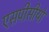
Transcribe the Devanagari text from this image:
एसपीसीयों